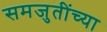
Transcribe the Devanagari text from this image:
समजुतींच्या